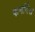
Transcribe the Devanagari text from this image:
फर्नांदेस